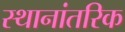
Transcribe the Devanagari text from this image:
स्थानांतरिक